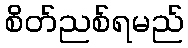
စိတ်ညစ်ရမည်